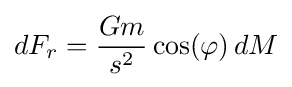
dF_{r}={\frac {Gm}{s^{2}}}\cos(\varphi )\,dM